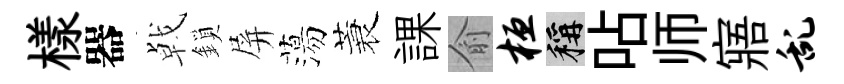
樣器㦸鎖屏蕩蓑課俞桓稱呫师寤乱